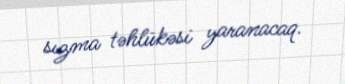
sızma təhlükəsi yaranacaq.